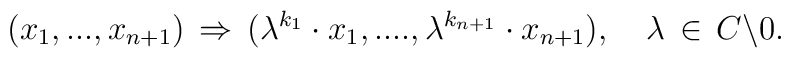
(x_1,...,x_{n+1})\,\Rightarrow\, (\lambda^{k_1} \cdot x_1,...., \lambda^{k_{n+1}} \cdot x_{n+1}),\,\,\,\,\,\,\lambda \,\in\, C \backslash {0}.